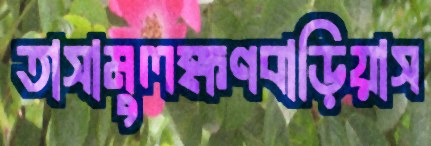
তাসামুলক্ষণবাড়িয়াস